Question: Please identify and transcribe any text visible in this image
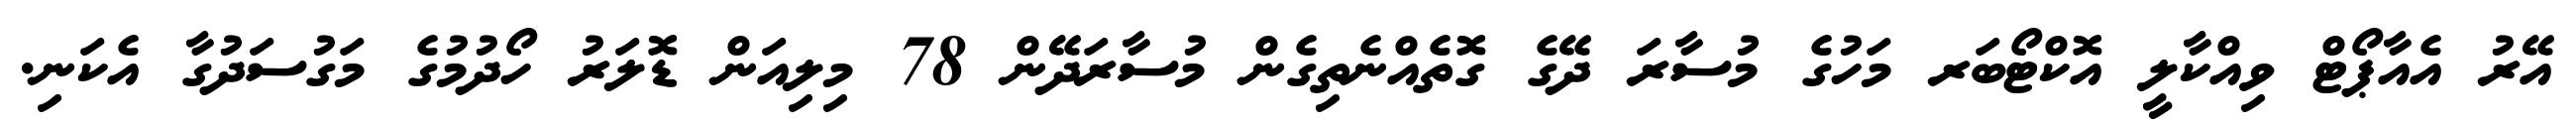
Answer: އޭރު އެއާޕޯޓް ވިއްކާލީ އޮކްޓޯބަރ މަހުގެ މުސާރަ ދޭގެ ގޮތެއްނެތިގެން މުސާރަދޭން 78 މިލިއަން ޑޮލަރު ހޯދުމުގެ މަގުސަދުގާ އެކަނި.